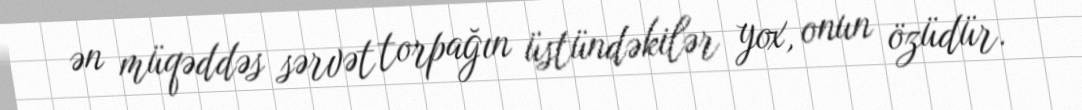
ən müqəddəs sərvət torpağın üstündəkilər yox, onun özüdür.